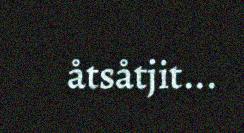
åtsåtjit...